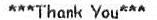
***THANK YOU***